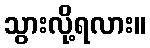
သွားလို့ရလား။